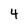
Character: 4